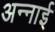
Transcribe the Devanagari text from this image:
अन्नाई